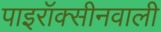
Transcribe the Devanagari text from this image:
पाइरॉक्सीनवाली